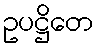
ဥပဋ္ဌိတေ